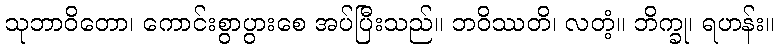
သုဘာဝိတော၊ ကောင်းစွာပွားစေ အပ်ပြီးသည်။ ဘဝိဿတိ၊ လတံ့။ ဘိက္ခု၊ ရဟန်း။